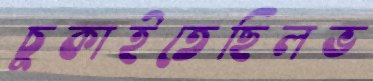
চুকাইতেছিলভ